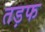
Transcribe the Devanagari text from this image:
तड़फ